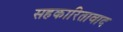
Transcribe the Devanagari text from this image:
सहकारितावाद